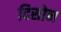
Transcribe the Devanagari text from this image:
दिसोन